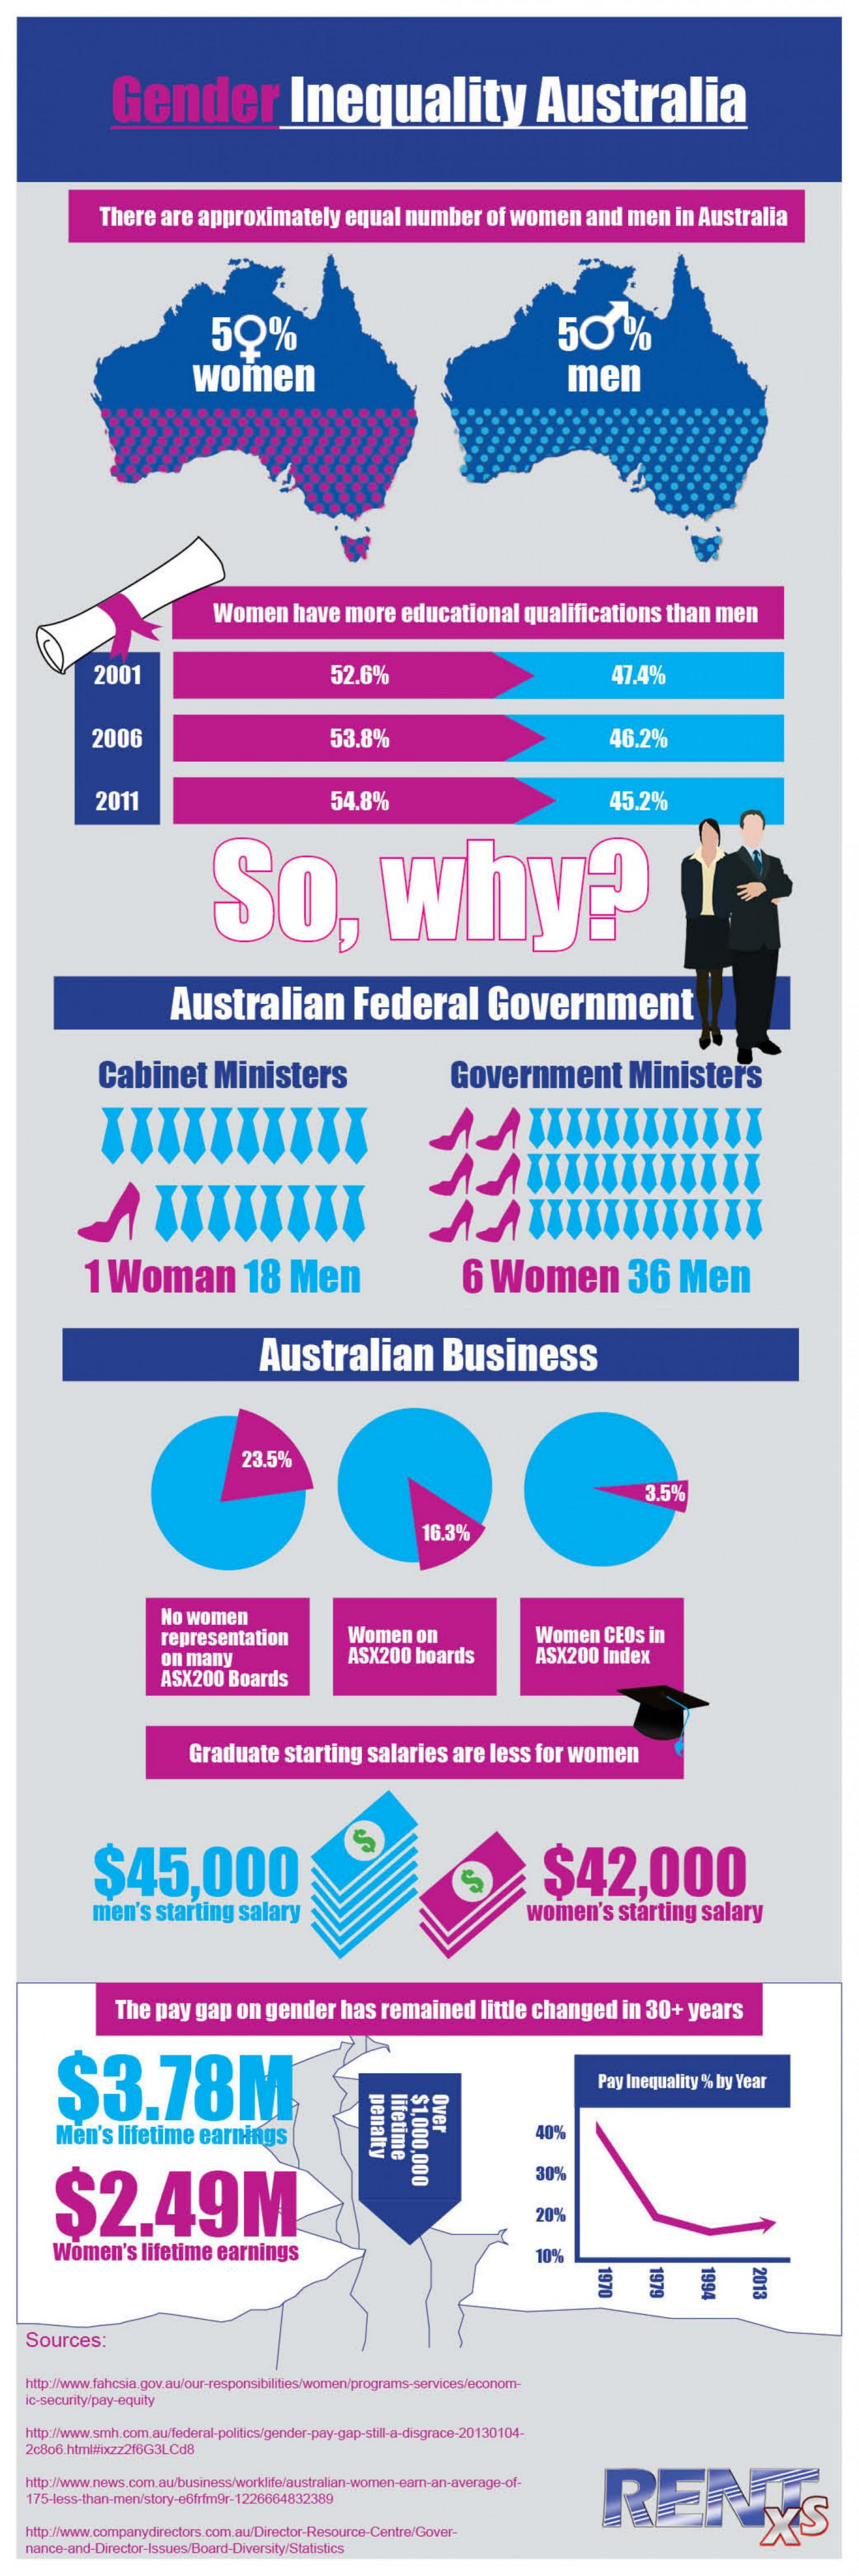
Gender    Inequality    Australia
     There    are   approximately    equal    number    of  women    and   men    in Australia
     50%    50%
     women    men
     Women    have    more    educational    qualifications    than   men
     2001    52.6%    47.4%
     2006    53.8%    46.2%
     2011    54.8%    45.2%
     So,    why?
     Australian    Federal    Government
     Cabinet    Ministers    Government    Ministers
     1  Woman    18    Men    6   Women    36    Men
     Australian    Business
     23.5%
     3.5%
     16.3%
     No  women
     representation    Women    on    Women    CEOs   in
     on  many    ASX200    boards    ASX200    Index
     ASX200    Boards
     Graduate    starting    salaries    are   less   for  women
     $45,000    $42,000
     men's    starting    salary    women's    starting    salary
     The   pay   gap    on  gender    has   remained    little  changed    in  30+    years
     $3.78M    Pay Inequality   % by Year
     lifetime penalty $1,000,000
     Over
     Men's    lifetime    earnings    40%
     $2.49M
     30%
     20%
     Women's    lifetime    earnings    10%
     1979    1994    2013 1970
    Sources:
    http://www.fahcsia.gov.au/our-responsibilities/women/programs-services/econom-
    ic-security/pay-equity
    http://www.smh.com.awfederal-politics/gender-pay-gap-stil-a-disgrace-20130104-
    2c806.html#ixzz216G3LCdB
    http://www.news.com.au/business/worklife/australian-women-earn-an-average-of-
     RENY'S 175-less-than-men/story-e6frfm9r-1226664832389
    http://www.companydirectors.com.aw/Director-Resource-Centre/Gover-
    nance-and-Director-Issues/Board-Diversity/Statistics